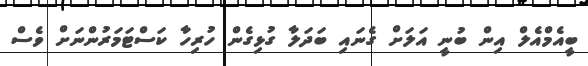
ބީއެމްއެލް އިން ބުނީ އަލަށް ގެނައި ބަދަލާ ގުޅިގެން ހުރިހާ ކަސްޓަމަރުންނަށް ވެސް